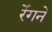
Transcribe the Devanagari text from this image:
रेँगने